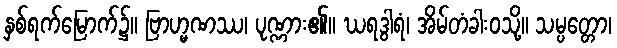
နှစ်ရက်မြောက်၌။ ဗြာဟ္မဏဿ၊ ပုဏ္ဏား၏။ ဃရဒွါရံ၊ အိမ်တံခါးဝသို့။ သမ္ပတ္တော၊